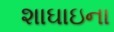
શાઘાઇના